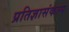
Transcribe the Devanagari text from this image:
प्रतिज्ञासंकल्प